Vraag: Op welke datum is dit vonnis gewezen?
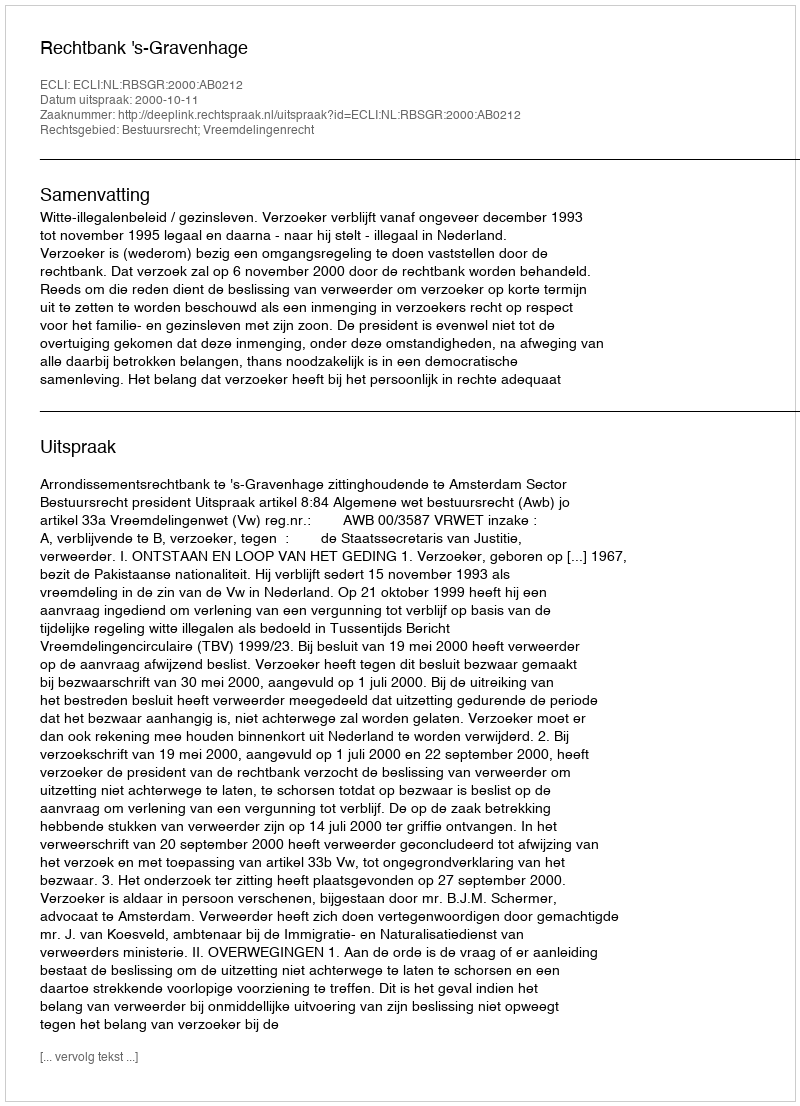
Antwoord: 2000-10-11